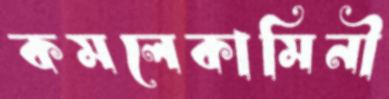
কমলেকামিনী